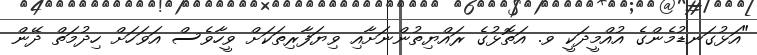
"އަޅުގަނޑުމެންގެ އުއްމީދަކީ ވ. އަތޮޅުގެ ރައްޔިތުންނަށާއި ވިޔަފާރިތަކަށް ވީހާވެސް އަވަހަށް ހިދުމަތް ދޭން